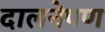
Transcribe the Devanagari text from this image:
दालनेपण